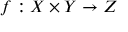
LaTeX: f : X \times Y \rightarrow Z